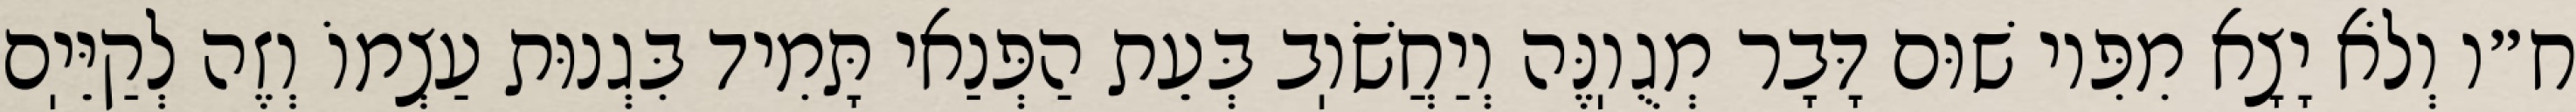
ח״ו וְלֹא יָצָא מִפִּיו שׁוּם דָּבָר מְגֻוֽנֶּה וְיַחֲשֹׁוֽב בְּעֵת הַפְּנַאי תָּמִיד בִּגְנוּת עַצְמוֹ וְזֶה לְקַיֵּיֽם